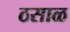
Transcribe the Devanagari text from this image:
ठसाळ